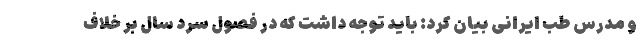
و مدرس طب ایرانی بیان کرد: باید توجه داشت که در فصول سرد سال بر خلاف